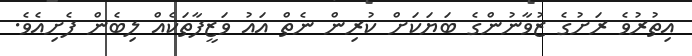
އިތުރުވެ ރަށުގެ ޒުވާނުންގެ ބަޔަކަށް ކުރިން ނެތް އައު ވަޒީފާތަކެއް ލިބެން ފެށިއެވެ.